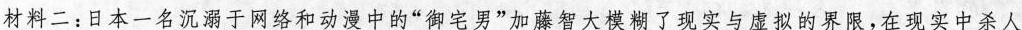
材料二:日本一名沉溺于网络和动漫中的“御宅男”加藤智大模糊了现实与虚拟的界限，在现实中杀人